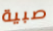
صبية